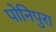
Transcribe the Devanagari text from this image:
पोनिपुरा